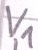
Text: V1